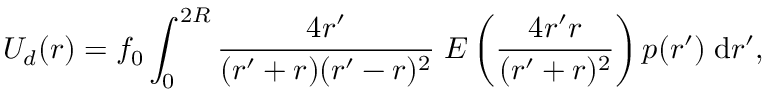
U _ { d } ( r ) = f _ { 0 } \int _ { 0 } ^ { 2 R } \frac { 4 r ^ { \prime } } { ( r ^ { \prime } + r ) ( r ^ { \prime } - r ) ^ { 2 } } \; E \left( \frac { 4 r ^ { \prime } r } { ( r ^ { \prime } + r ) ^ { 2 } } \right) p ( r ^ { \prime } ) \; \mathrm { d } r ^ { \prime } ,